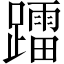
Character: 𨆢